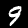
Label: 9